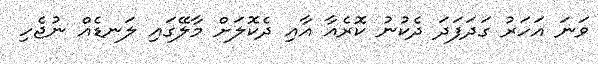
ވަނަ އަހަރު ގަދަފަދަ ދެކުނު ކޮރެއާ އާއި ދެކޮލަށް މާލޭގައި ލަނޑެއް ނުޖެހި